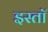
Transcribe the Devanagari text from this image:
इस्तॉ